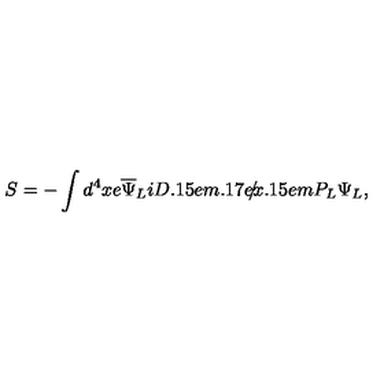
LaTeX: S = - \int d ^ { 4 } x e { \overline { { \Psi } } } _ { L } i { { D \kern - 0 . 1 5 e m \raise 0 . 1 7 e x \llap { / } \kern 0 . 1 5 e m \relax } } P _ { L } \Psi _ { L } ,